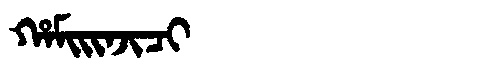
Manchu: ᡥᠠᠮᡳᡳᠨᠵᡳᠴᡳ
Romanization: HAMIINJICI